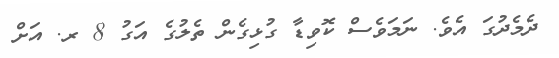
ދެމެދުގަ އެވެ. ނަމަވެސް ކޮވިޑާ ގުޅިގެން ތެލުގެ އަގު 8 ރ. އަށް